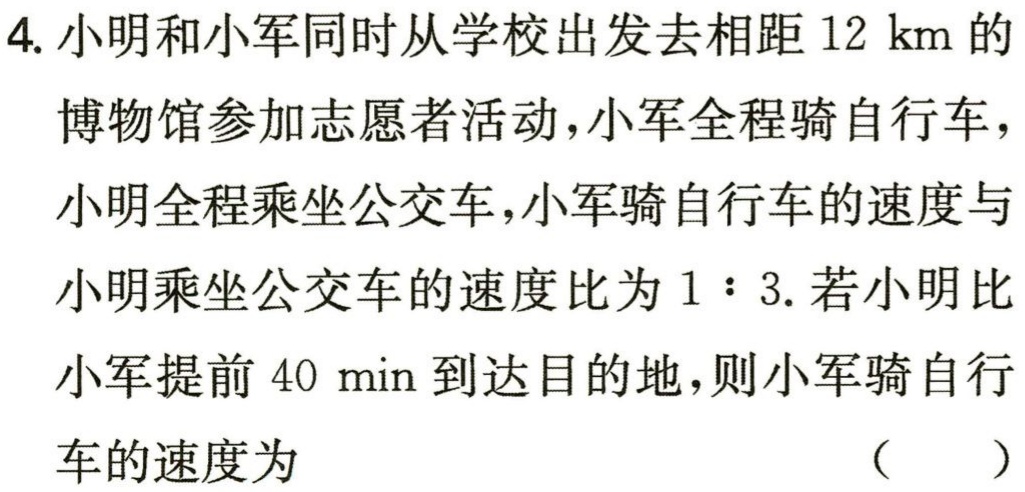
4. 小明和小军同时从学校出发去相距\(12 \text{ km}\)的博物馆参加志愿者活动，小军全程骑自行车，小明全程乘坐公交车，小军骑自行车的速度与小明乘坐公交车的速度比为\(1:3\). 若小明比小军提前\(40 \text{ min}\)到达目的地，则小军骑自行车的速度为 （  ）